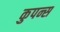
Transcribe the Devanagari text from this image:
कुपन्स